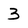
Character: 3